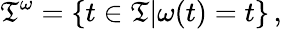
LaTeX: \mathfrak{T}^{\omega}=\{ t\in\mathfrak{T}|\omega(t)=t\} \, ,